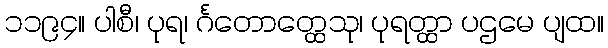
၁၁၉၄။ ပါစီ၊ ပုရ၊ င်္ဂတောတ္ထေသု၊ ပုရတ္ထာ ပဌမေ ပျထ။